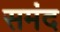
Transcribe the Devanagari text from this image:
समंद